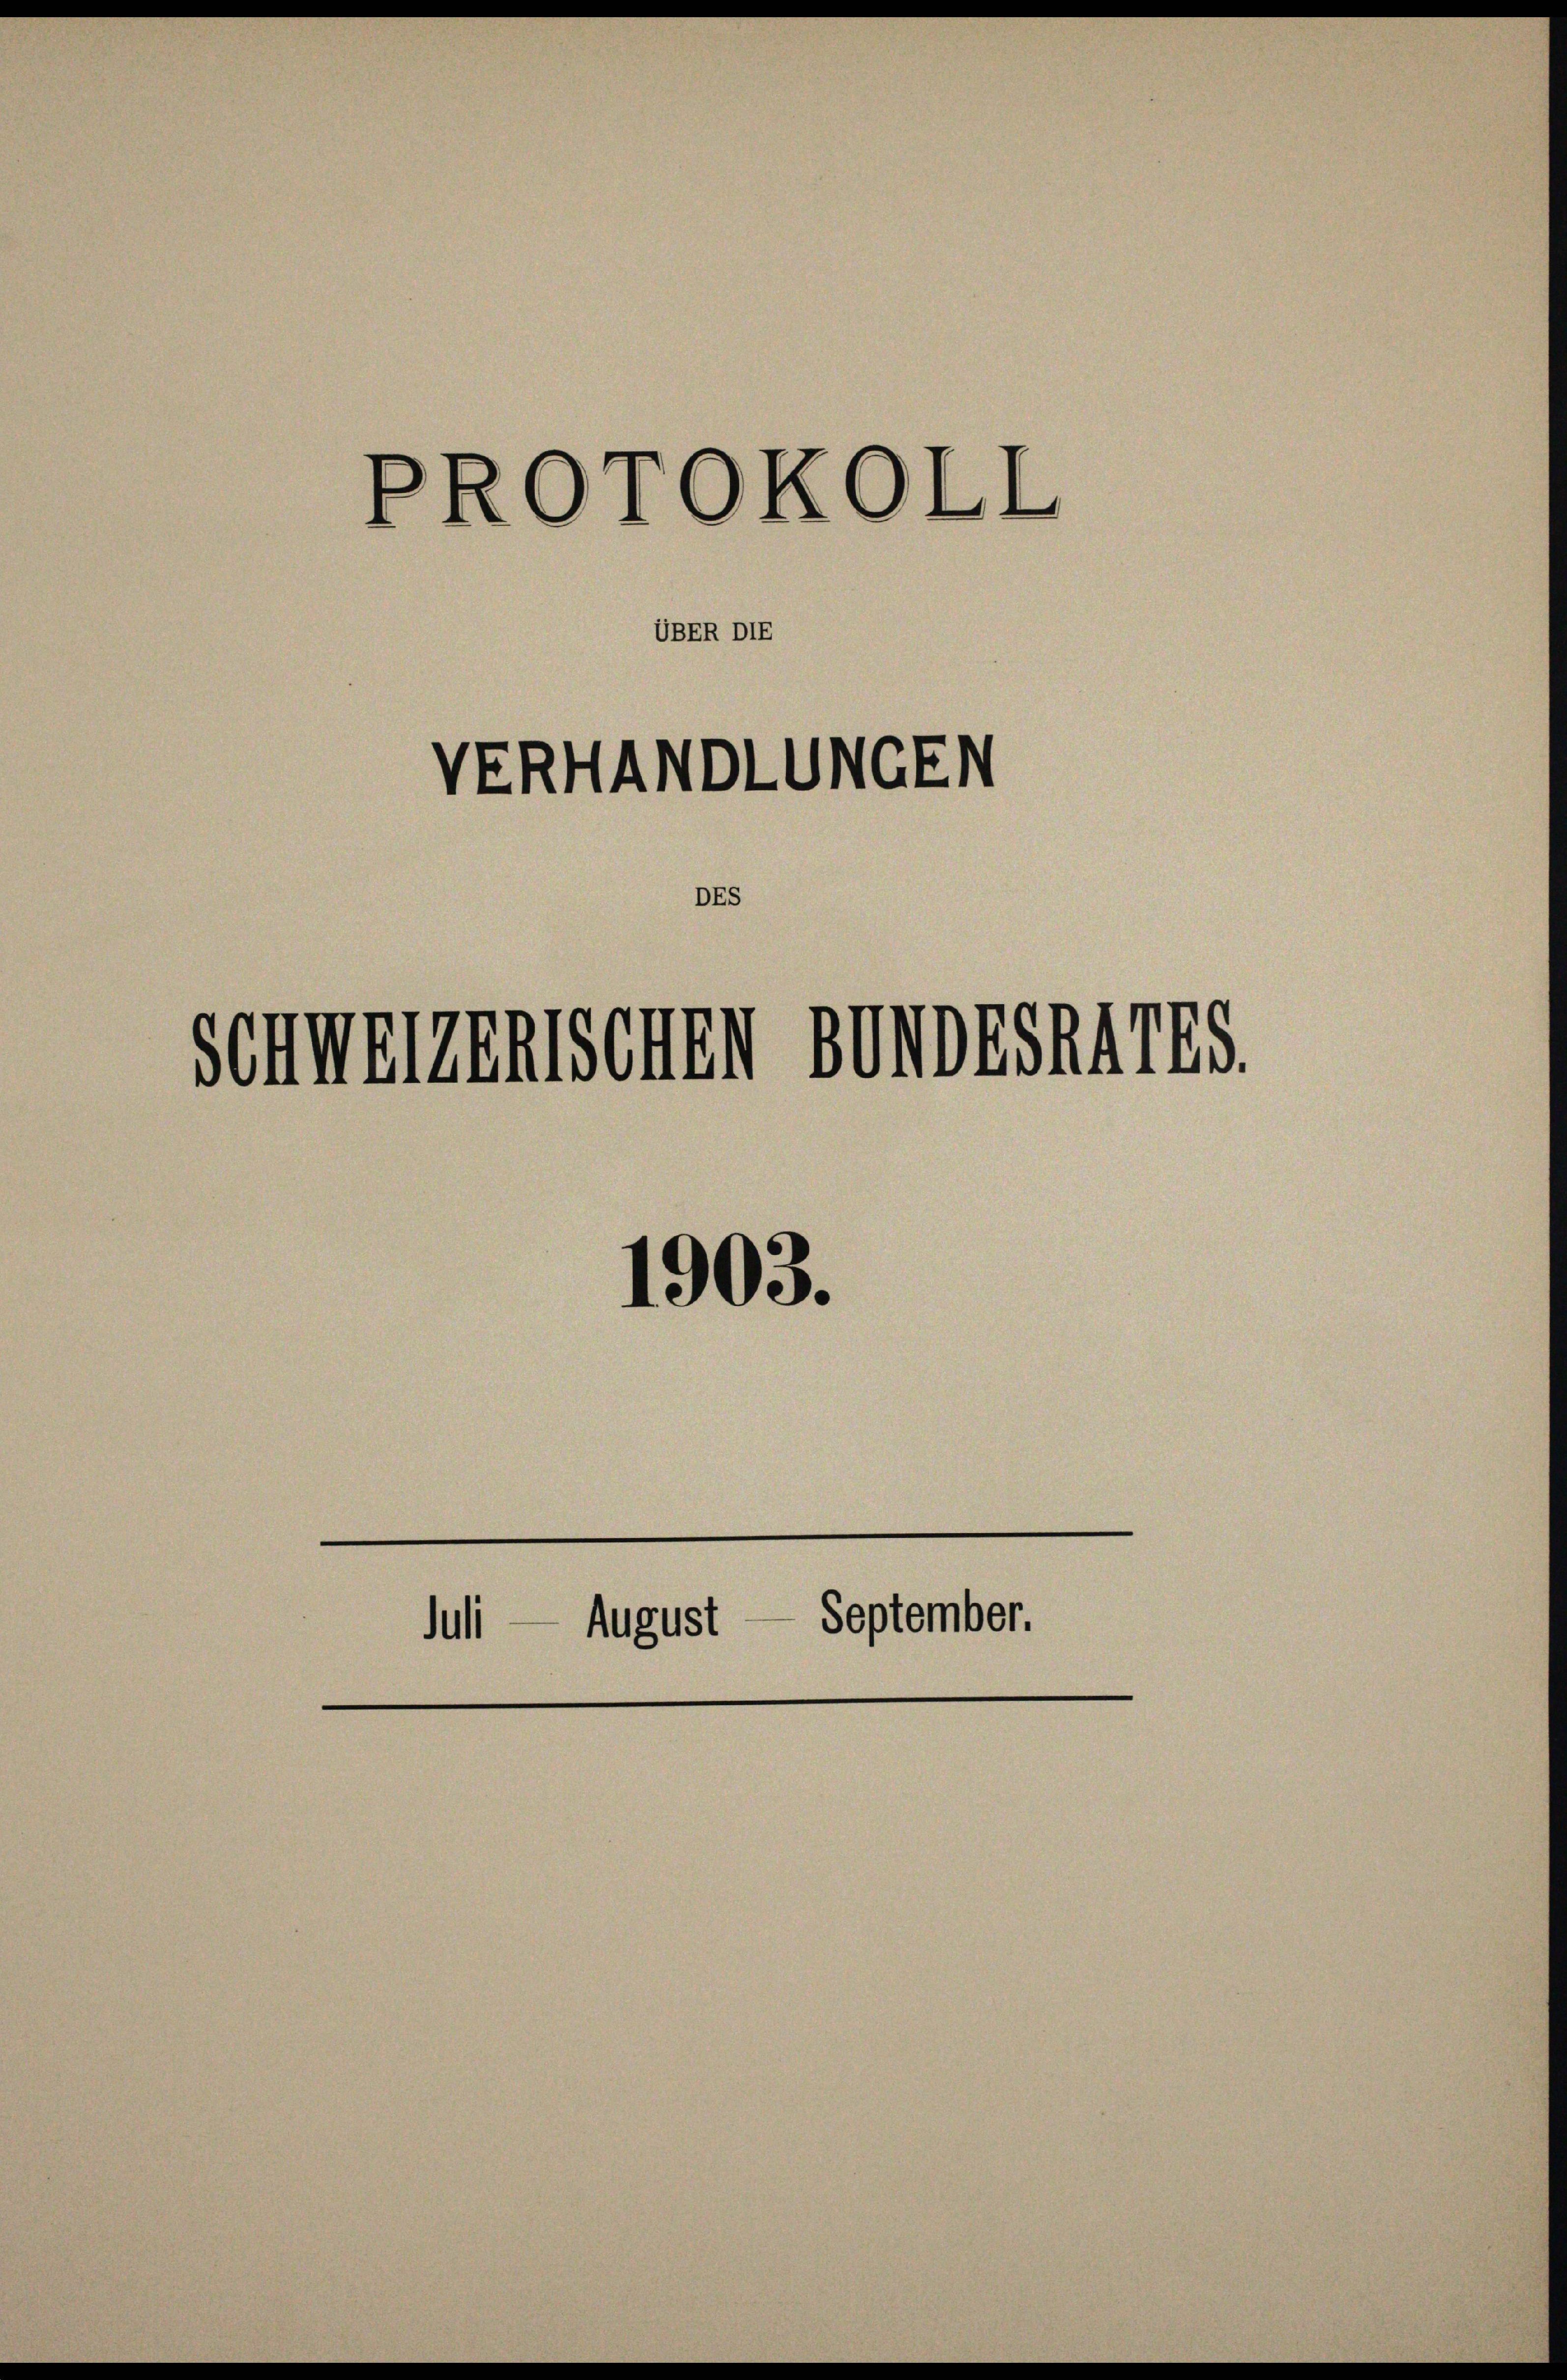
PROTOKOLL
ÜBER DIE
VERHANDLUNGEN
DES
SCHWEIZERISCHEN BUNDESRATES

1903.
Juli — August — September.